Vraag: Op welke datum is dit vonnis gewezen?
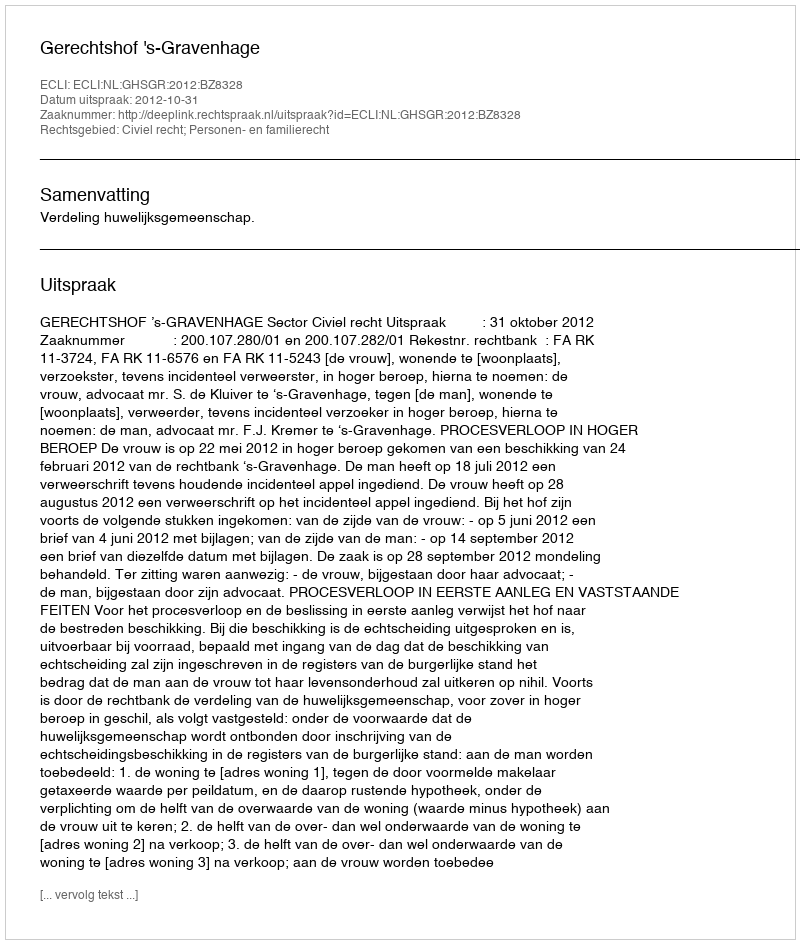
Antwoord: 2012-10-31